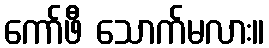
ကော်ဖီ သောက်မလား။